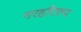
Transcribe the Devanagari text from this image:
नरहरिरुप